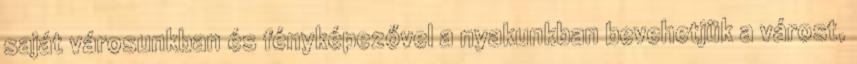
saját városunkban és fényképezővel a nyakunkban bevehetjük a várost,